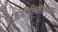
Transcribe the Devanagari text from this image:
केशशिथिलीकरण